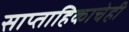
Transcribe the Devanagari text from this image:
साप्ताहिकाचेही